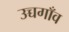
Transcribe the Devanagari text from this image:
उच्चगाँव